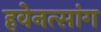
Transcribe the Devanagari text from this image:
हवेनत्सांग